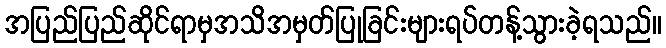
အပြည်ပြည်ဆိုင်ရာမှအသိအမှတ်ပြုခြင်းများရပ်တန့်သွားခဲ့ရသည်။